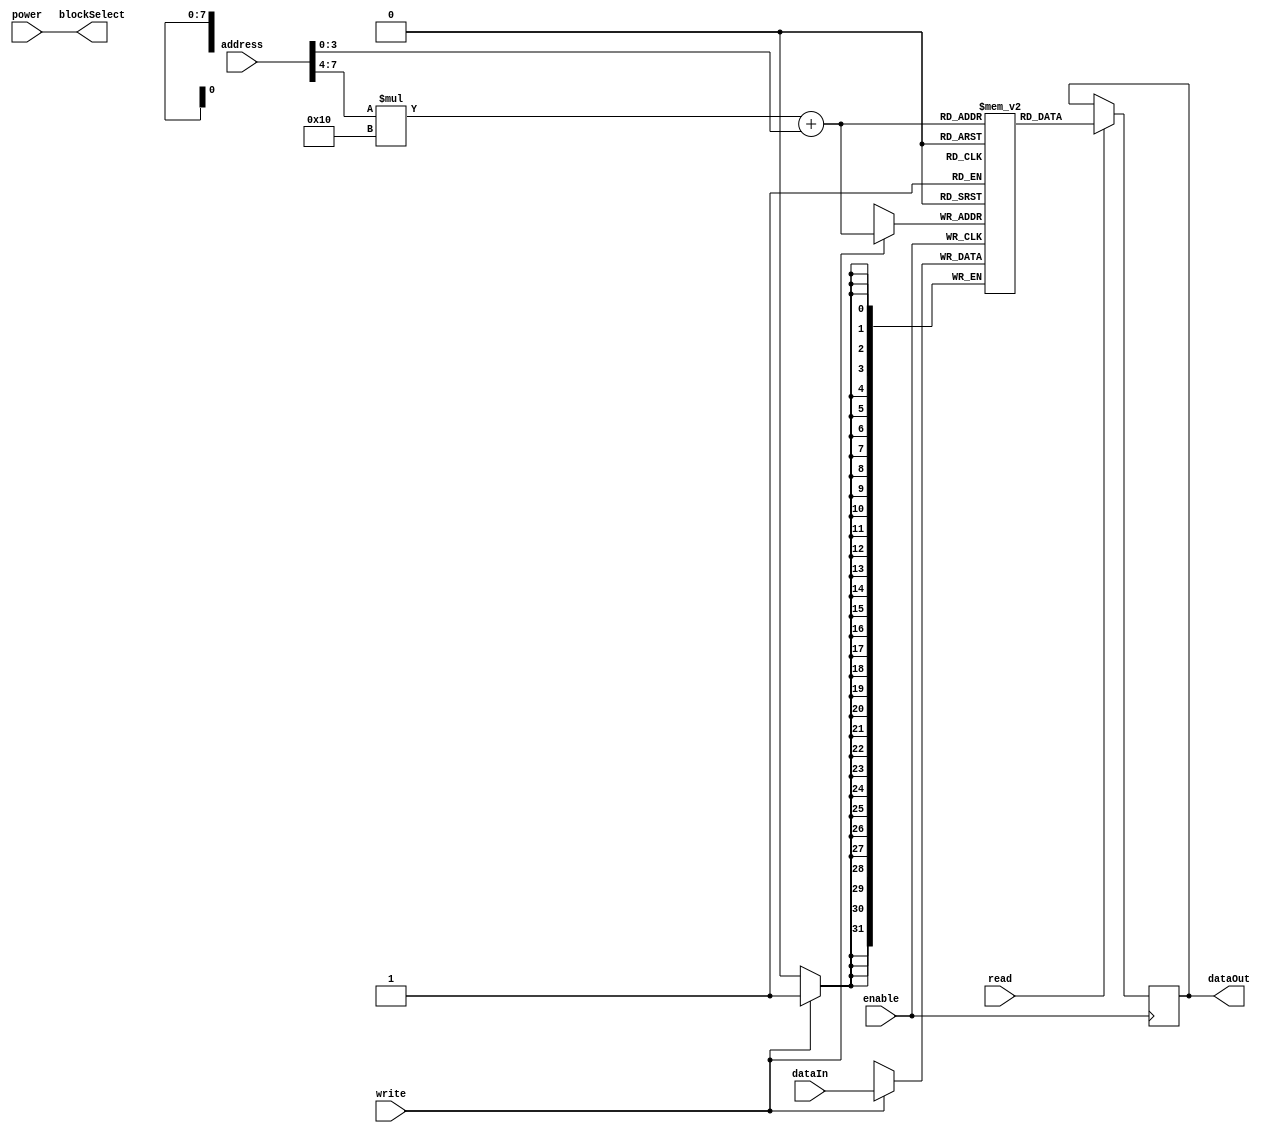
module MemoryBlocks (
    input wire [7:0] address,
    input wire [31:0] dataIn,
    input wire read,
    input wire write,
    input wire enable,
    input wire power,
    output wire [31:0] dataOut,
    output wire blockSelect
);

reg [31:0] memBlocks [15:0][15:0]; // Define a 2D array of memory blocks

always @(posedge enable) begin
    if (read) begin
        dataOut <= memBlocks[address[7:4]][address[3:0]];
    end
    if (write) begin
        memBlocks[address[7:4]][address[3:0]] <= dataIn;
    end
end

assign blockSelect = power; // Control signal for managing power consumption

endmodule